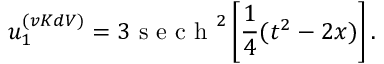
u _ { 1 } ^ { ( v K d V ) } = 3 \mathrm { ~ s ~ e ~ c ~ h ~ } ^ { 2 } \left[ \frac { 1 } { 4 } ( t ^ { 2 } - 2 x ) \right] .